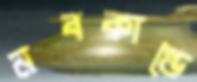
নবকাণ্ডে